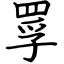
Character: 罦